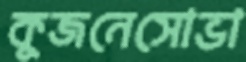
কুজনেসোভা